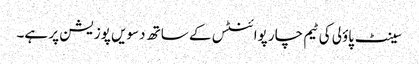
سینٹ پاؤلی کی ٹیم چار پوائنٹس کے ساتھ دسویں پوزیشن پر ہے۔